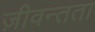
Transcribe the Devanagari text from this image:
ज़ीवन्तता